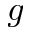
g